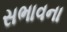
સભાવના